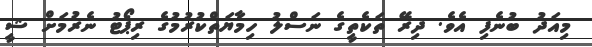
މިއަދު ބުނެފި އެވެ. ދިރޭ ތަކެތީގެ ނަސްލު ހިމާޔަތްކުރުމުގެ ރިޕޯޓު ނެރުމަށް ޝީ